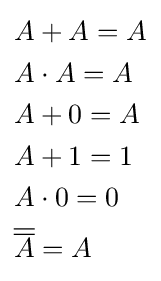
{\begin{aligned}&A+A=A\\&A\cdot A=A\\&A+0=A\\&A+1=1\\&A\cdot 0=0\\&{\overline {\overline {A}}}=A\end{aligned}}